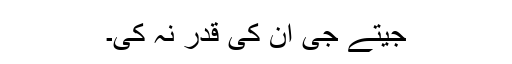
جیتے جی اُن کی قدر نہ کی۔